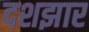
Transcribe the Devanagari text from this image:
दशझार